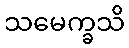
သမေက္ခသိ